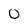
Character: O